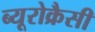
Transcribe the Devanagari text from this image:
ब्यूरोक्रैसी